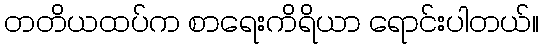
တတိယထပ်က စာရေးကိရိယာ ရောင်းပါတယ်။